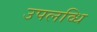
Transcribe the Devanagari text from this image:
उपलव्धि